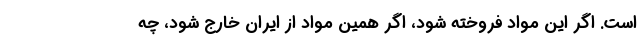
است. اگر این مواد فروخته شود، اگر همین مواد از ایران خارج شود، چه